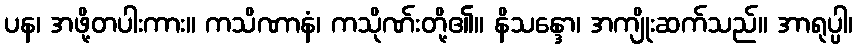
ပန၊ အဖို့တပါးကား။ ကသိဏာနံ၊ ကသိုဏ်းတို့၏။ နိသန္ဒော၊ အကျိုးဆက်သည်။ အာရုပ္ပါ၊